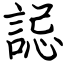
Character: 誋